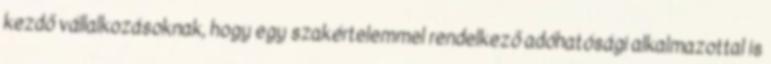
kezdő vállalkozásoknak, hogy egy szakértelemmel rendelkező adóhatósági alkalmazottal is